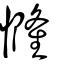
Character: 㦕